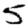
Digit: 5